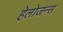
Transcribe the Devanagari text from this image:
हेलोजन्स